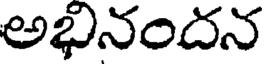
అభినందన